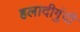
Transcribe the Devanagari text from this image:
हलादीगुंदी